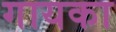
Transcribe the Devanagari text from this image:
गायका